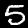
Label: 5